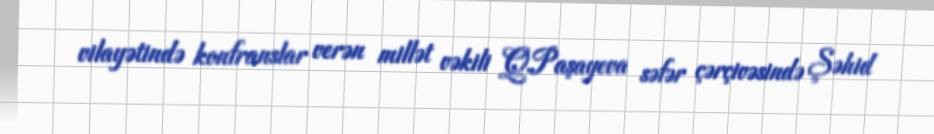
vilayətində konfranslar verən millət vəkili Q.Paşayeva səfər çərçivəsində Şəhid